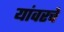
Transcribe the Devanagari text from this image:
यांवरचे